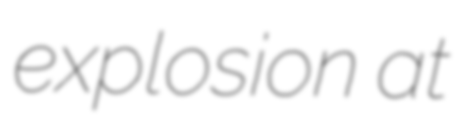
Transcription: explosion at